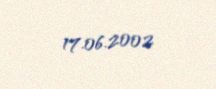
17.06.2002